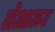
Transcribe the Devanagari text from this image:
लेअाऊट